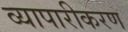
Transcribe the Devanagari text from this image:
व्‍यापारीकरण